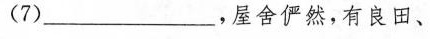
(7)___，屋舍俨然，有良田、